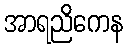
အာရညိကေန